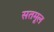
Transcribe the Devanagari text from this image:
सतमूल